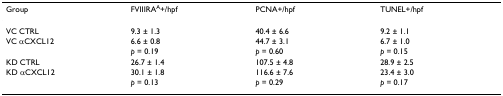
<table><thead><tr><td><b>Group</b></td><td><b>FVIIIRA<sup>A</sup>+/hpf</b></td><td><b>PCNA+/hpf</b></td><td><b>TUNEL+/hpf</b></td></tr></thead><tbody><tr><td>VC CTRL</td><td>9.3 ± 1.3</td><td>40.4 ± 6.6</td><td>9.2 ± 1.1</td></tr><tr><td>VC αCXCL12</td><td>6.6 ± 0.8</td><td>44.7 ± 3.1</td><td>6.7 ± 1.0</td></tr><tr><td></td><td><i>p </i>= 0.19</td><td><i>p </i>= 0.60</td><td><i>p </i>= 0.15</td></tr><tr><td>KD CTRL</td><td>26.7 ± 1.4</td><td>107.5 ± 4.8</td><td>28.9 ± 2.5</td></tr><tr><td>KD αCXCL12</td><td>30.1 ± 1.8</td><td>116.6 ± 7.6</td><td>23.4 ± 3.0</td></tr><tr><td></td><td><i>p </i>= 0.13</td><td><i>p </i>= 0.29</td><td><i>p </i>= 0.17</td></tr></tbody></table>